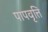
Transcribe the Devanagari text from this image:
पापवृत्ति